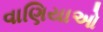
વાણિયાઓ